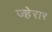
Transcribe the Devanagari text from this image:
ज्हेरार